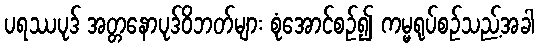
ပရဿပုဒ် အတ္တနောပုဒ်ဝိဘတ်များ စုံအောင်စဉ်၍ ကမ္မရုပ်စဉ်သည့်အခါ